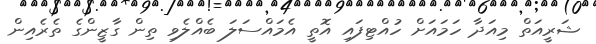
ޝަރީއަތް މިއަދާ ހަމައަށް ހުއްޓިފައި އޮތީ އެމައްސަލަ ބެއްލެވި ތިން ގާޒީންގެ ތެރެއިން